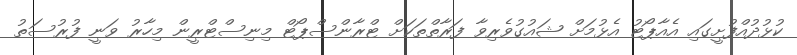
ކުޅުދުއްފުށީގައި އެއާޕޯޓު އެޅުމަށް ޝައުގުވެރިވާ ފަރާތްތަކަށް ޓްރާންސްޕޯޓް މިނިސްޓްރީން މިހާރު ވަނީ ފުރުސަތު